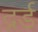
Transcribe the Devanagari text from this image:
द्रर्ड